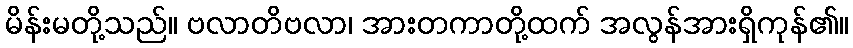
မိန်းမတို့သည်။ ဗလာတိဗလာ၊ အားတကာတို့ထက် အလွန်အားရှိကုန်၏။